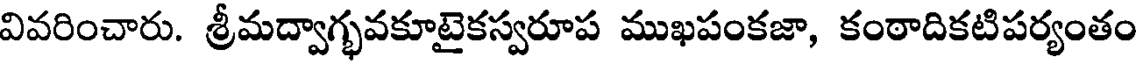
వివరించారు. శ్రీమద్వాగ్భవకూటైకస్వరూప ముఖపంకజా, కంఠాదికటిపర్యంతం